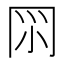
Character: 𠕘